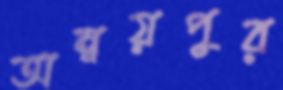
অন্বয়পুর